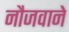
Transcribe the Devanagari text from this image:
नौजवाने